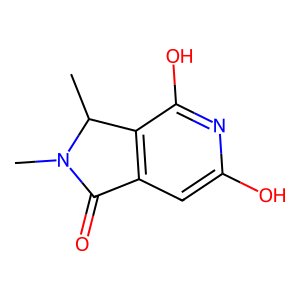
SMILES: CC1c2c(cc(O)nc2O)C(=O)N1C
Inhibits HIV replication: No